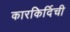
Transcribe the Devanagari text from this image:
कारकिर्दिची